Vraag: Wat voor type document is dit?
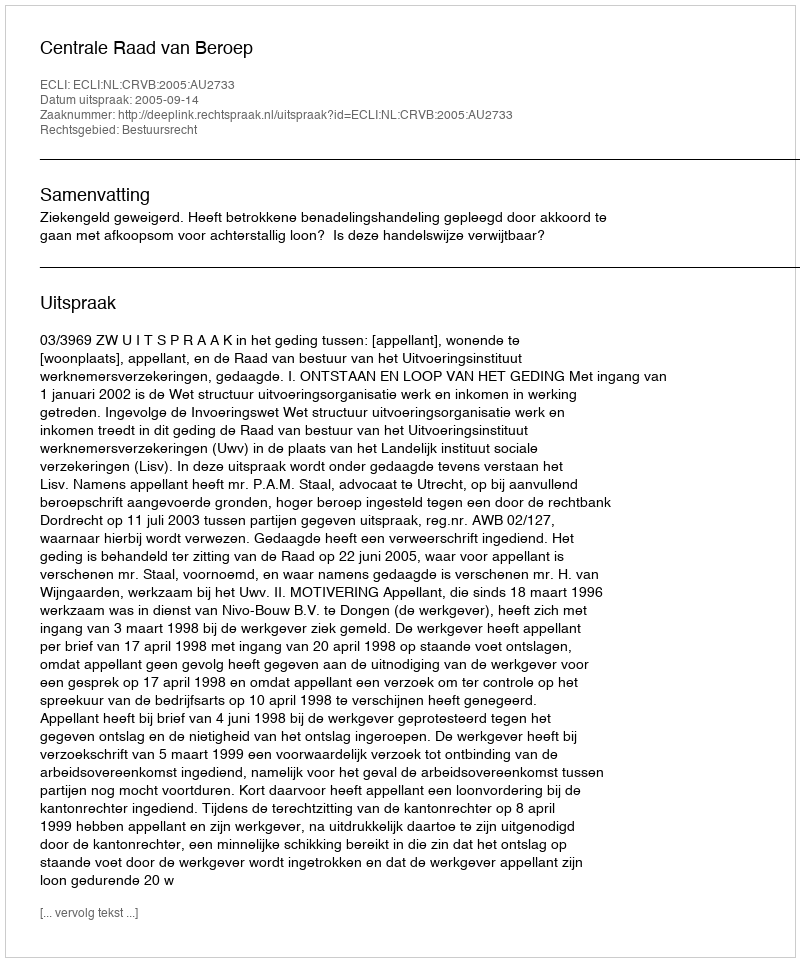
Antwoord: Uitspraak